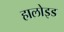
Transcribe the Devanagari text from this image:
हालोइड